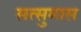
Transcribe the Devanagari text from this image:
सत्सुमास